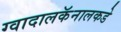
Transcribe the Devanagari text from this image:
ग्वादालकॅनालकडे